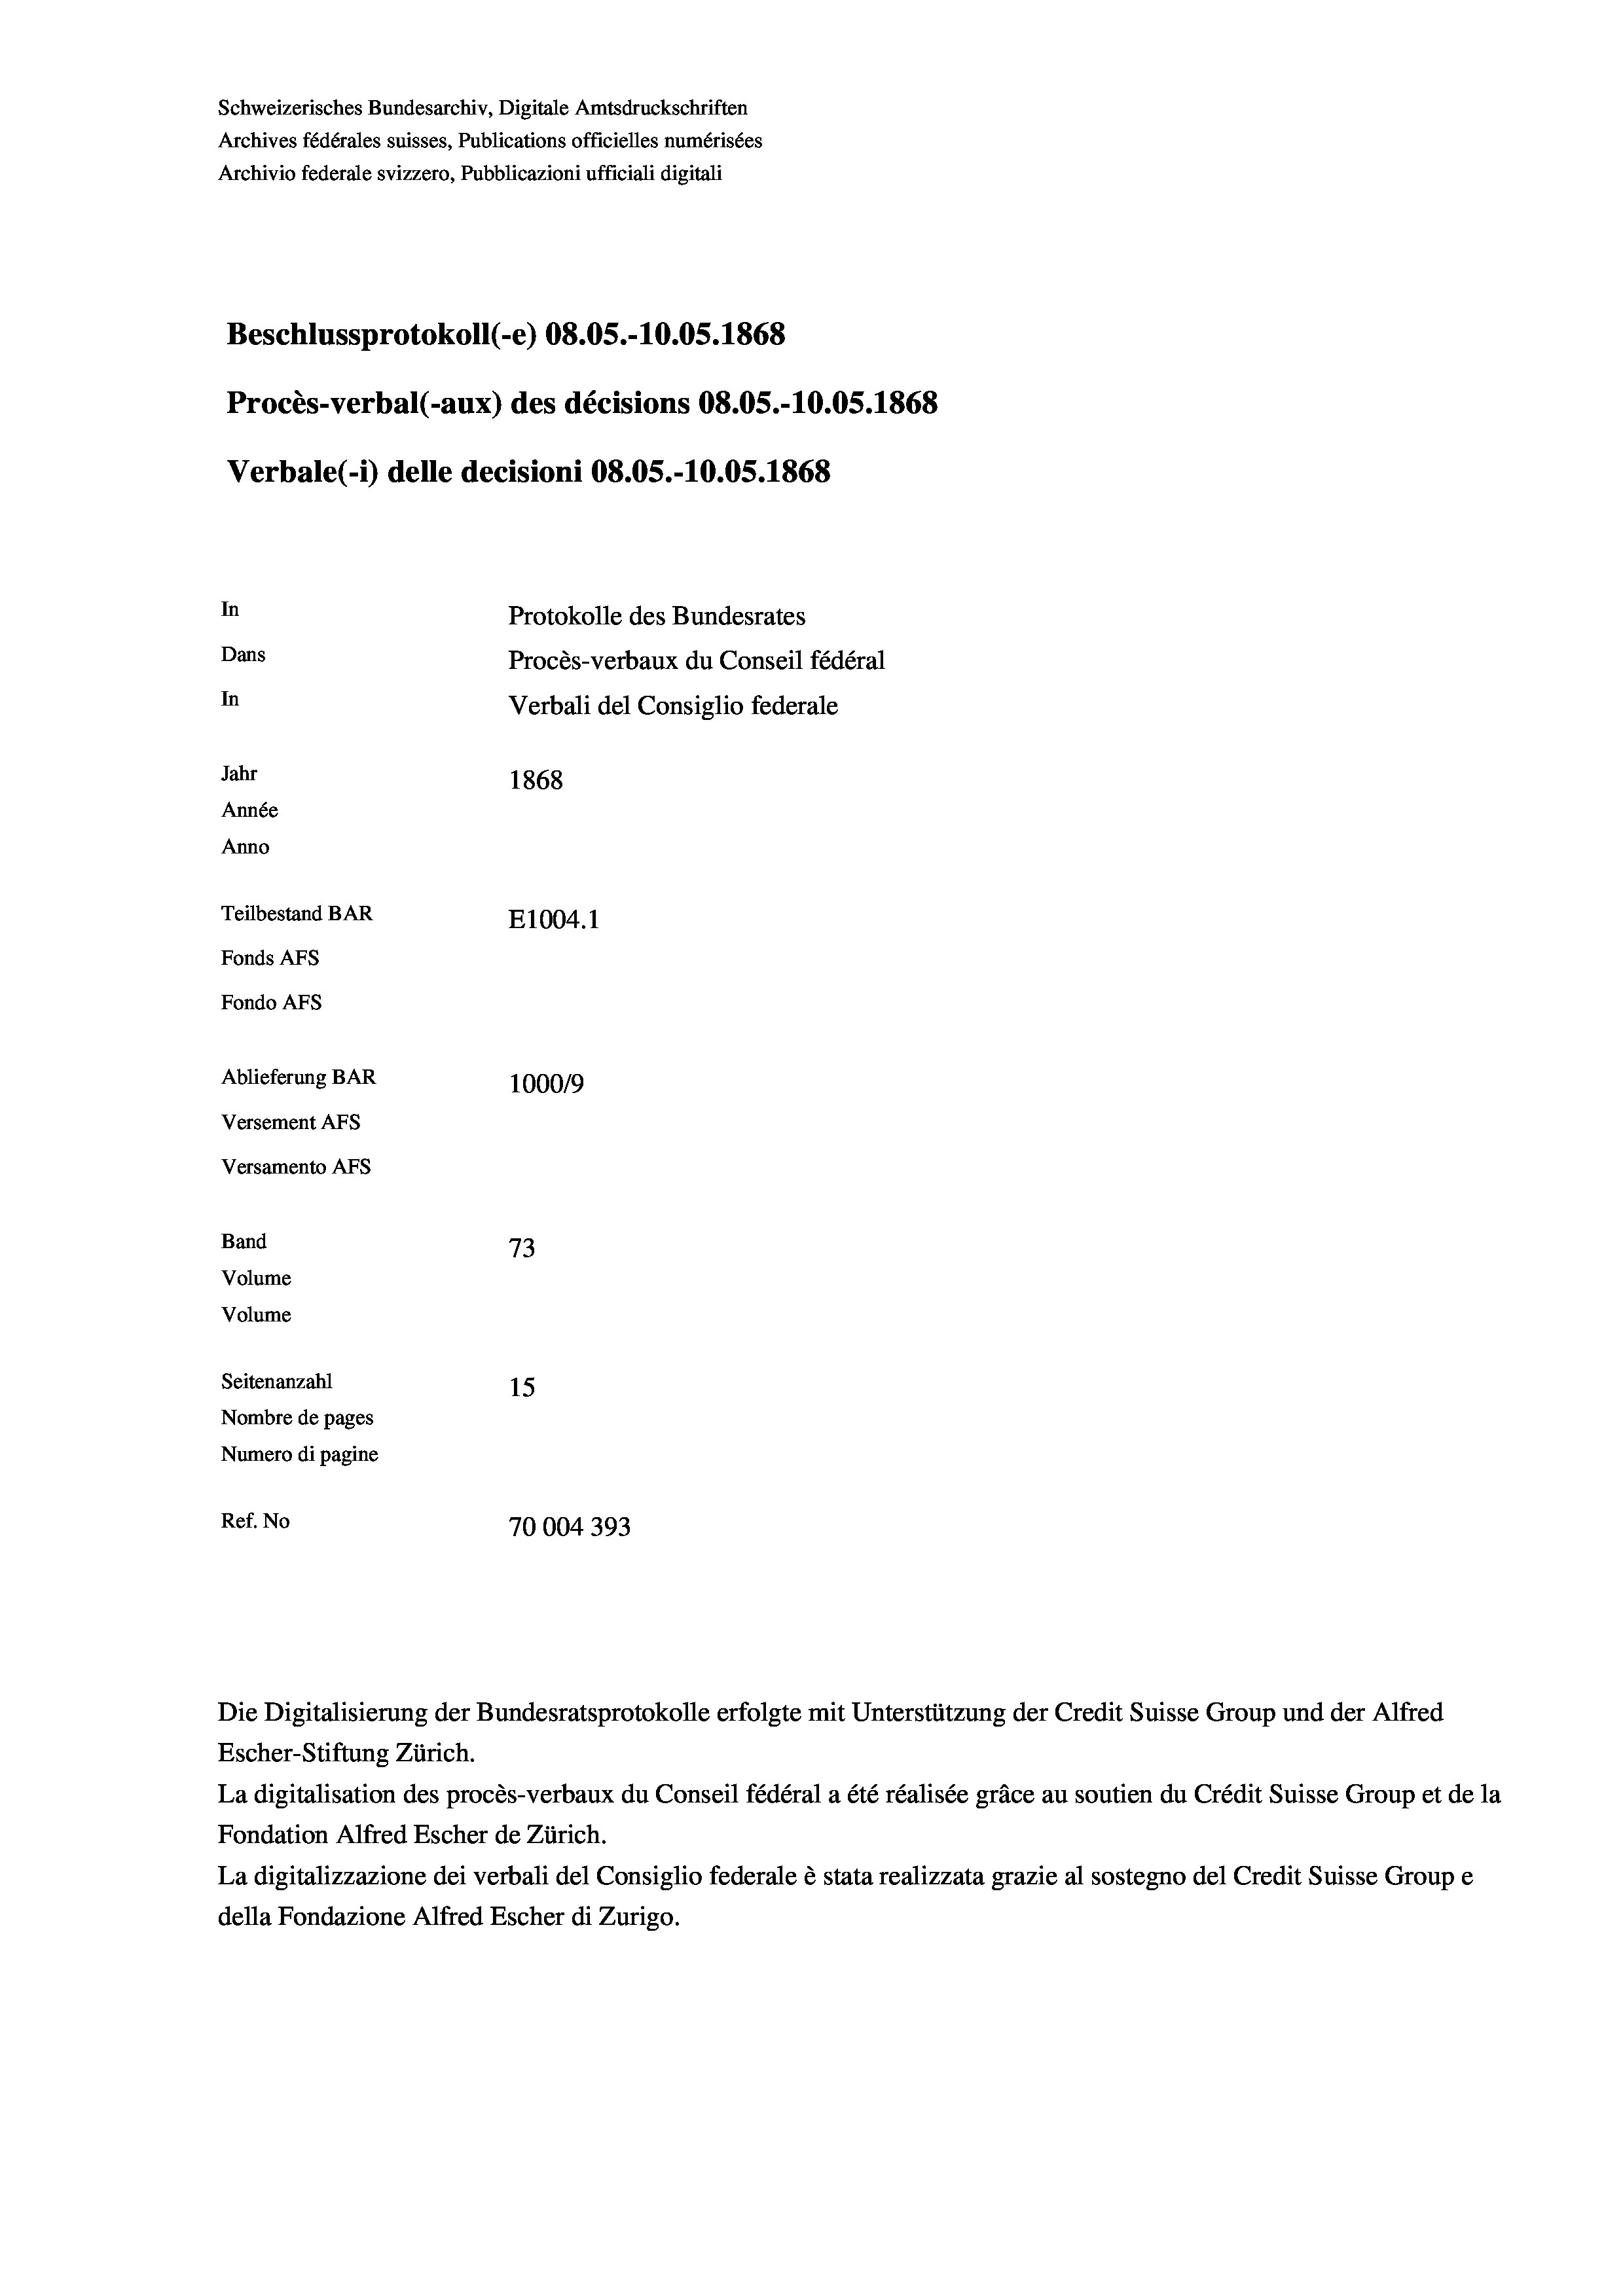
Schweizerisches Bundesarchiv, Digitale Amtsdruckschriften
Archives fédérales suisses, Publications officielles numérisées
Archivio federale svizzero, Pubblicazioni ufficiali digitali
Beschlussprotokoll (-e) 08.05.-10.05. 1868
Procès-verbal (-aux) des décisions 08.05.-10.05. 1868
Verbale(-*) delle decisioni 08.05.-10.05. 1868
In
Protokolle des Bundesrates
Dans
Procès-verbaux du Conseil fédéral
In
Verbali del Consiglio federale
Jahr
1868
Année
Anno
Teilbestand BAR
E1004. 1
Fonds AFs
Fondo AFS
Ablieferung BAR
100019
Versement AFs
Versamento AFs
Band
73
Volume
Volume

Seitenanzahl
15
Nombre de pages
Numero di pagine
Ref. No
70004393

Die Digitalisierung der Bundesratsprotokolle erfolgte mit Unterstützung der Credit Suisse Group und der Alfred

Escher-Stiftung Zürich.
La digitalisation des procès-verbaux du Conseil fédéral a été réalisée gräce au soutien du Crédit Suisse Group et de la
Fondation Alfred Escher de Zürich.
La digitalizzazione dei verbali del Consiglio federale è stata realizzata grazie al sostegno del Credit Suisse Groupe
della Fondazione Alfred Escher di Zurigo.